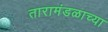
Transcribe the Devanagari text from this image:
तारामंडळाच्या